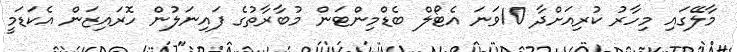
މާލޭގައި މިހާރު ކުރިއަށްދާ 10ވަނަ އެޓޯލް ބެޑްމިންޓަން މުބާރާތުގެ ފައިނަލުން ހޮރައިޒަން އެކަޑަމީ